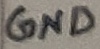
Text: GND